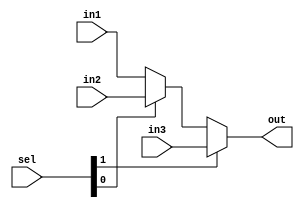
module mux_3_1(out, sel, in1, in2, in3);

input [1:0] sel;
input [15:0] in1, in2, in3;
output [15:0] out;
wire [15:0] inter;

assign inter = (sel[0]) ? in2 : in1;

assign out = (sel[1]) ? in3 : inter;

endmodule